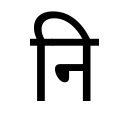
OCR:
नि